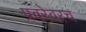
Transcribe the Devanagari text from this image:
प्रवरेवरच